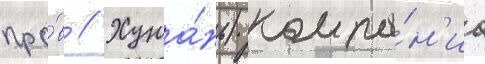
про́в // Хуна́нь) компа́н'иа